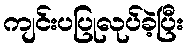
ကျင်းပပြုလုပ်ခဲ့ပြီး